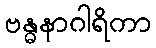
ဗန္ဓနာဂါရိကာ